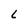
Character: L